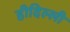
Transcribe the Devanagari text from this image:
हीदिल्ली